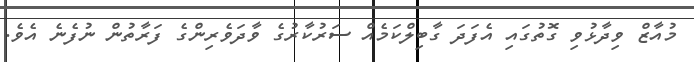
މުއާޒް ވިދާޅުވި ގޮތުގައި އެފަދަ ގާބިލްކަމެއް ސަރުކާރުގެ ވާދަވެރިންގެ ފަރާތުން ނުފެނެ އެވެ.